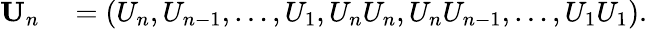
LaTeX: \begin{array}{rl}{{\mathbf U}_{n}}&{{}=\left(U_{n},U_{n-1},\ldots,U_{1},U_{n}U_{n},U_{n}U_{n-1},\ldots,U_{1}U_{1}\right).}\end{array}